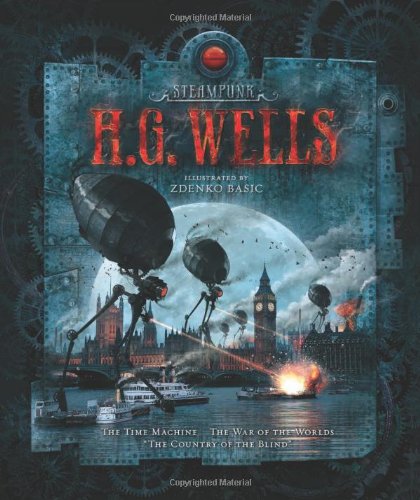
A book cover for Steampunk: H.G. Wells; Teen & Young Adult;